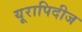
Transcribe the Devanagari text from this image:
यूरापिदीज